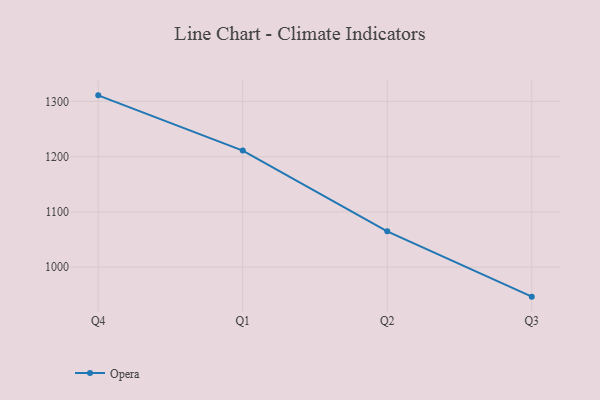
{"axis": {"x": "Quarter", "y": "Energy Usage (MWh)"}, "legend": ["Opera"], "data": [{"x": "Q4", "y": 1311.0, "type": "Opera"}, {"x": "Q1", "y": 1211.0, "type": "Opera"}, {"x": "Q2", "y": 1064.8, "type": "Opera"}, {"x": "Q3", "y": 946.6, "type": "Opera"}]}